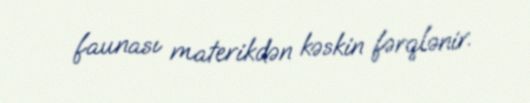
faunası materikdən kəskin fərqlənir.